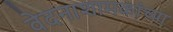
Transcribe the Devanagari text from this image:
वेदनाशामकांच्या